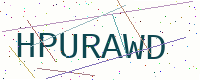
Text: HPURAWD